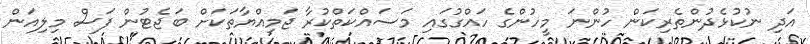
އަދި ނުކުޅެދުންތެރިކަން ހުންނަ މީހުންގެ ހައްގުގައި މަސައްކަތްކުރާ ޖަމިއްޔާތަކަށް ބަޖެޓުން ފަސް މިލިއަން